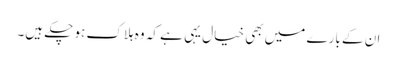
ان کے بارے میں بھی خیال یہی ہے کہ وہ ہلاک ہو چکے ہیں۔